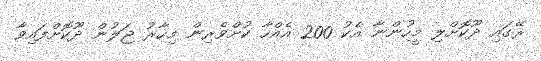
ރޭގައި ދޫކޮށްލި މީހުންނާ އެކު 200 އެއްހާ ކުށްވެރިން މިހާރު ޖަލުން ދޫކޮށްފައިވާ